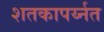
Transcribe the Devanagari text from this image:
शतकापर्य्नत